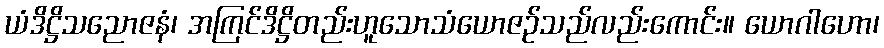
ယံဒိဋ္ဌိသညောဇနံ၊ အကြင်ဒိဋ္ဌိတည်းဟူသောသံယောဇဉ်သည်လည်းကောင်း။ ယောဂါဟော၊